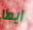
ايها